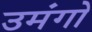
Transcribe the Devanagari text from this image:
उमंगो